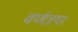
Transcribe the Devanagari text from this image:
वर्णत्रया